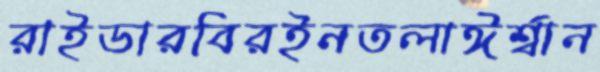
রাইডারবিরইনতলাঈর্শ্বান